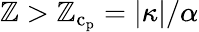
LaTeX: \mathbb{Z}>\mathbb{Z}_{\mathrm{{c}}_{\mathrm{{p}}}}=|\kappa|/\alpha